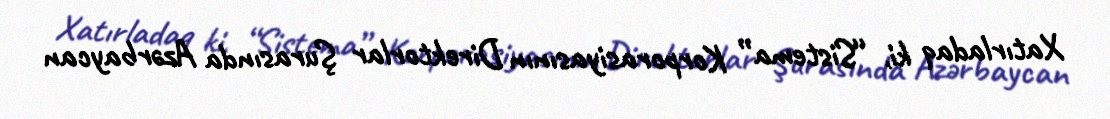
Xatırladaq ki, “Sistema” Korporasiyasının Direktorlar Şurasında Azərbaycan